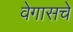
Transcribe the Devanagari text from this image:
वेगासचे